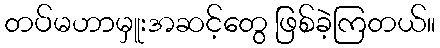
တပ်မဟာမှူးအဆင့်တွေ ဖြစ်ခဲ့ကြတယ်။